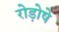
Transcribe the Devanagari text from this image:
रोड़ोषे